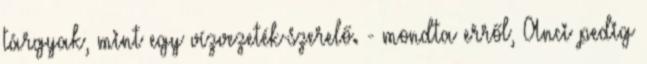
tárgyak, mint egy vízvezeték-szerelő. - mondta erről, Anci pedig